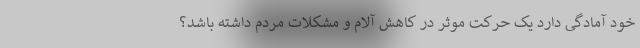
خود آمادگی دارد یک حرکت موثر در کاهش آلام و مشکلات مردم داشته باشد؟